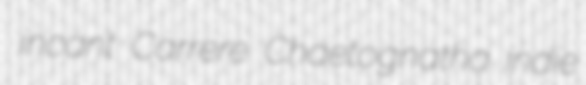
incant Carrere Chaetognatha indie